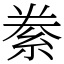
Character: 絭